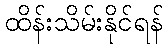
ထိန်းသိမ်းနိုင်ရန်